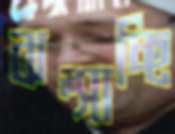
ঝল্‌সাচ্ছি